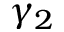
\gamma _ { 2 }